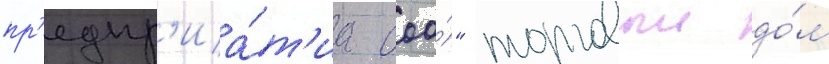
пр'едпр'иа́т'иа ооо́" торговыи до́м